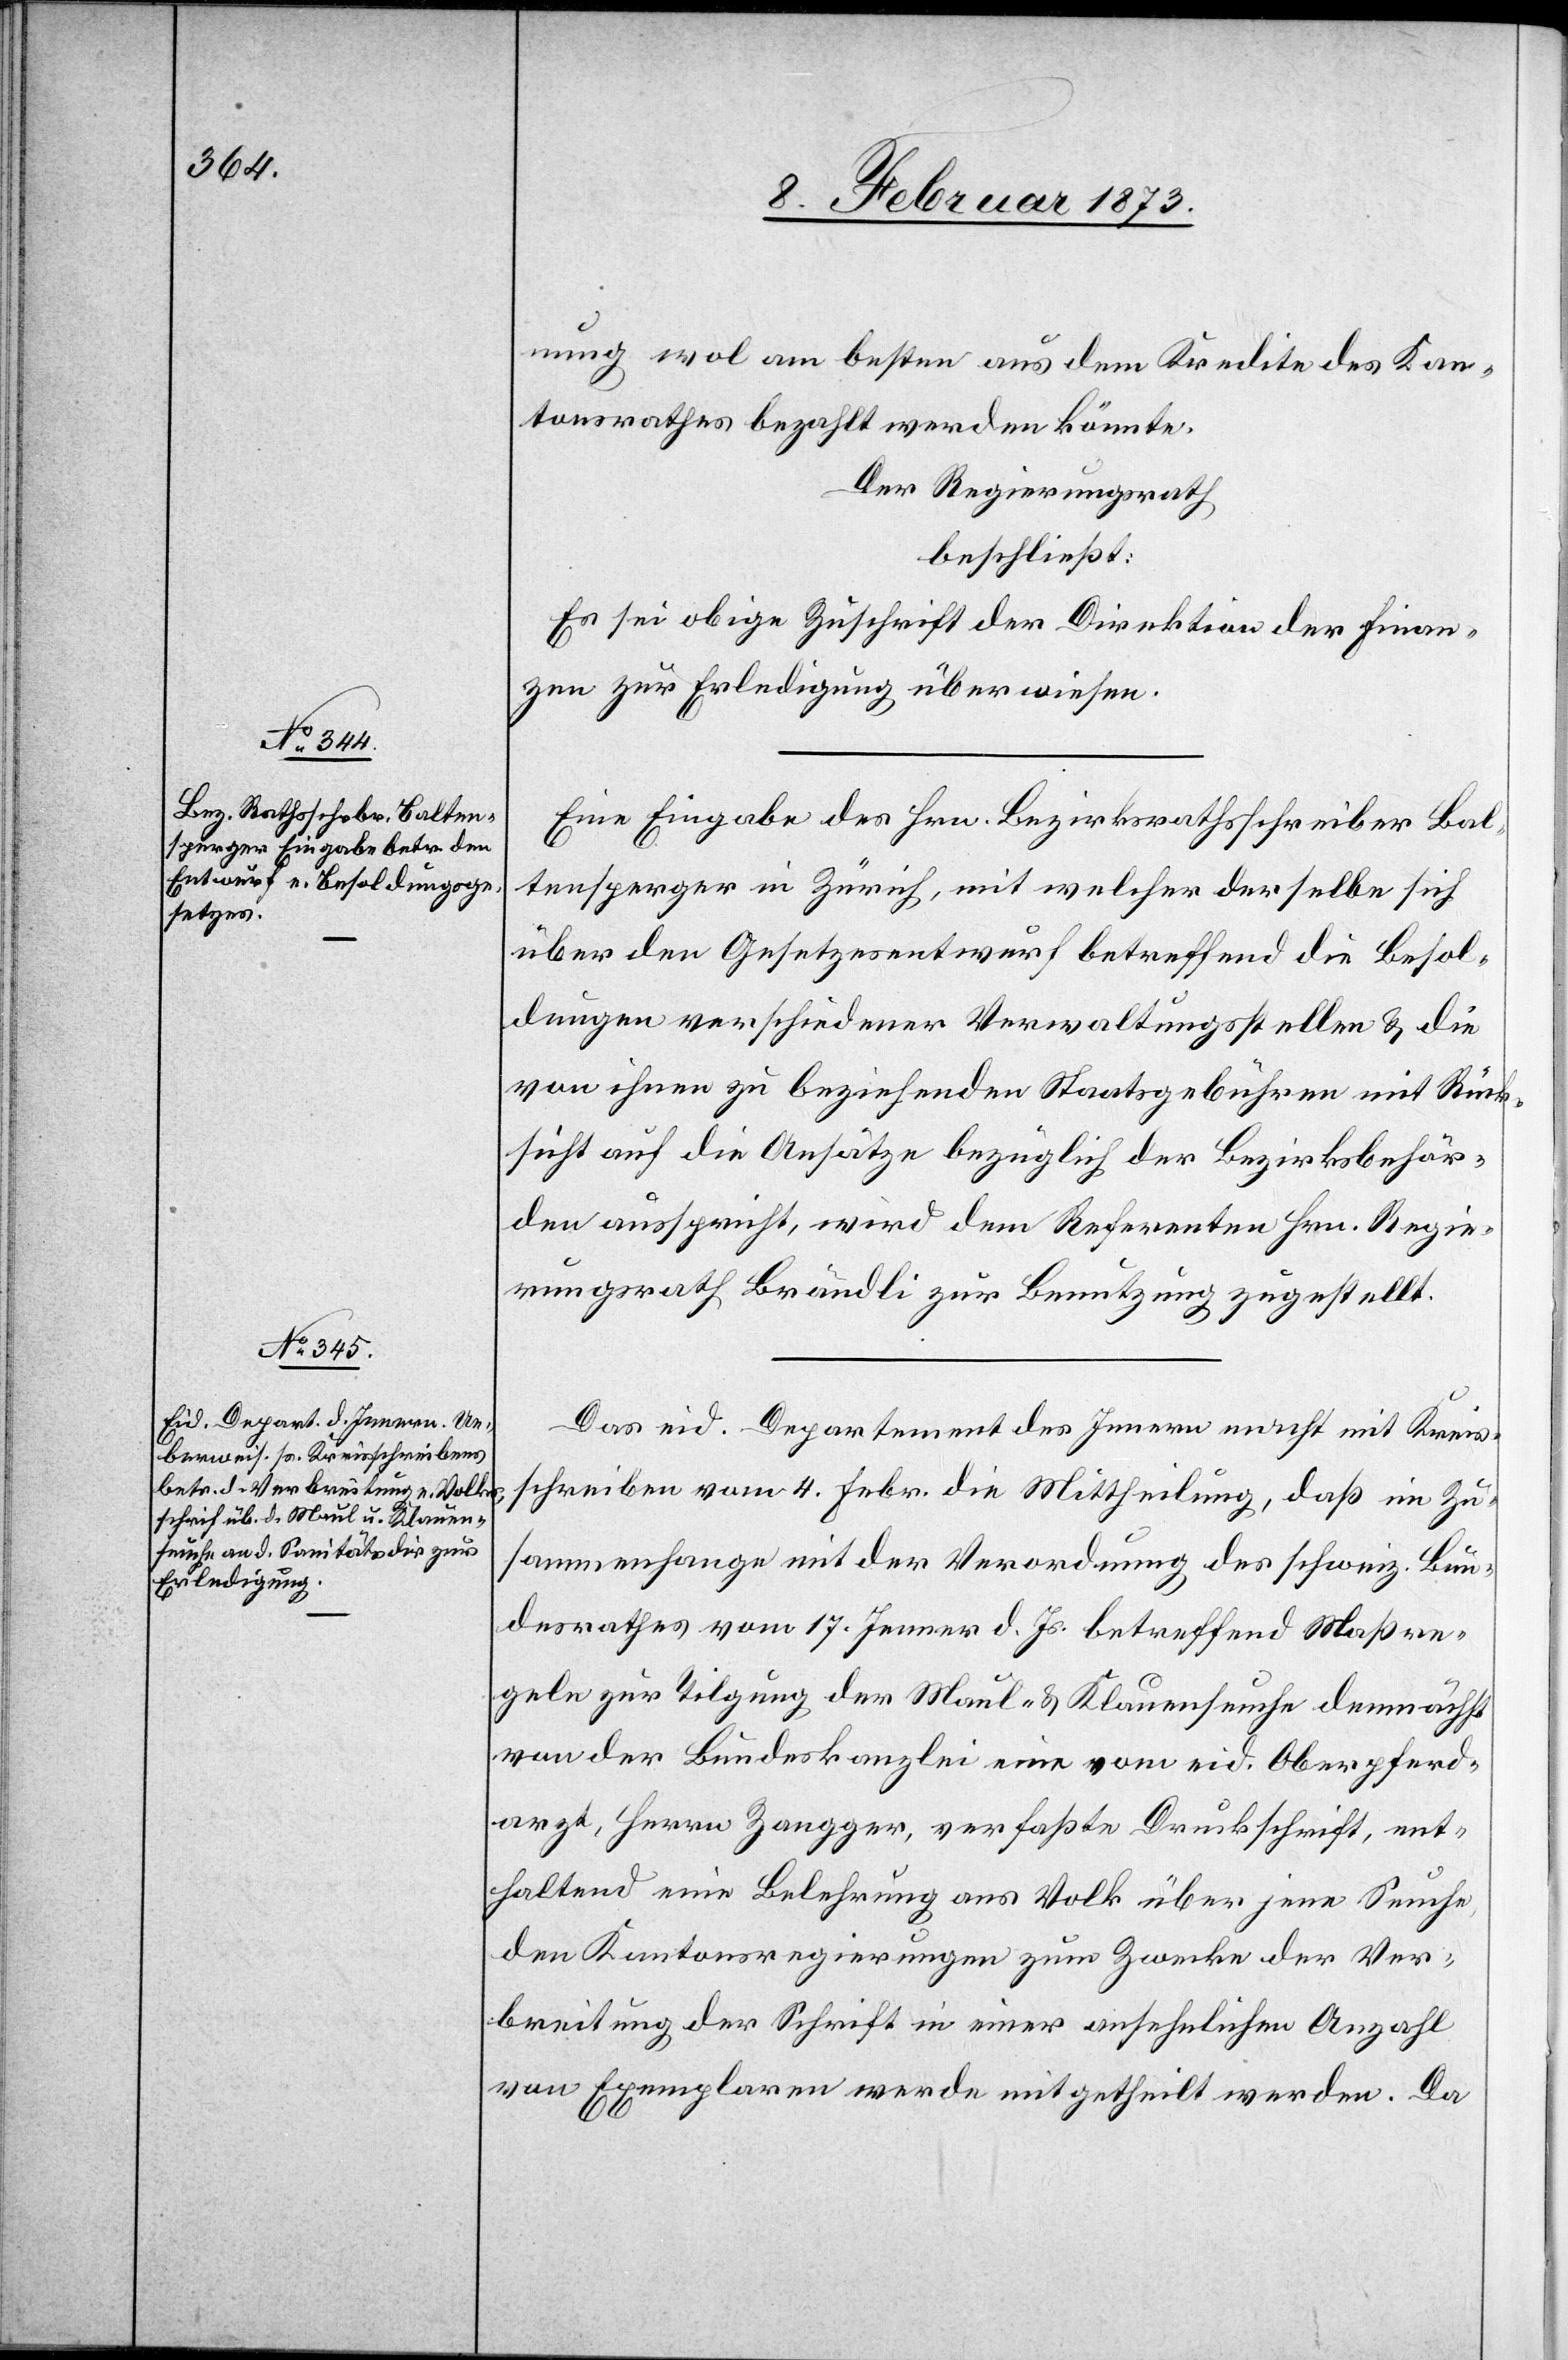
nung wol am besten aus dem Kredite des Kan¬
tonsrathes bezahlt werden könnte.
Der Regierungsrath
beschließt:
Es sei obige Zuschrift der Direktion der Finan¬
zen zur Erledigung überwiesen.
Eine Eingabe des Hrn. Bezirksrathsschreiber Bal¬
tensperger in Zürich, mit welcher derselbe sich
über den Gesetzesentwurf betreffend die Besol¬
dungen verschiedener Verwaltungsstellen u. die
von ihnen zu beziehenden Staatsgebühren mit Rück¬
sicht auf die Ansätze bezüglich der Bezirksbehör¬
den ausspricht, wird dem Referenten Hrn. Regie¬
rungsrath Brändli zur Benutzung zugestellt.
Das eid. Departement des Innern macht mit Kreis¬
schreiben vom 4. Febr. die Mittheilung, daß in Zu¬
sammenhange mit der Verordnung des schweiz. Bun¬
desrathes vom 17. Jenner d. Js. betreffend Maßre¬
geln zur Tilgung der Maul- u. Klauenseuche demnächst
von der Bundeskanzlei eine vom eid. Oberpferd¬
arzt, Herrn Zangger, verfaßte Druckschrift, ent¬
haltend eine Belehrung ans Volk über jene Seuche,
den Kantonsregierungen zum Zwecke der Ver¬
breitung der Schrift in einer ansehelichen Anzahl
von Exemplaren werde mitgetheilt werden. Da